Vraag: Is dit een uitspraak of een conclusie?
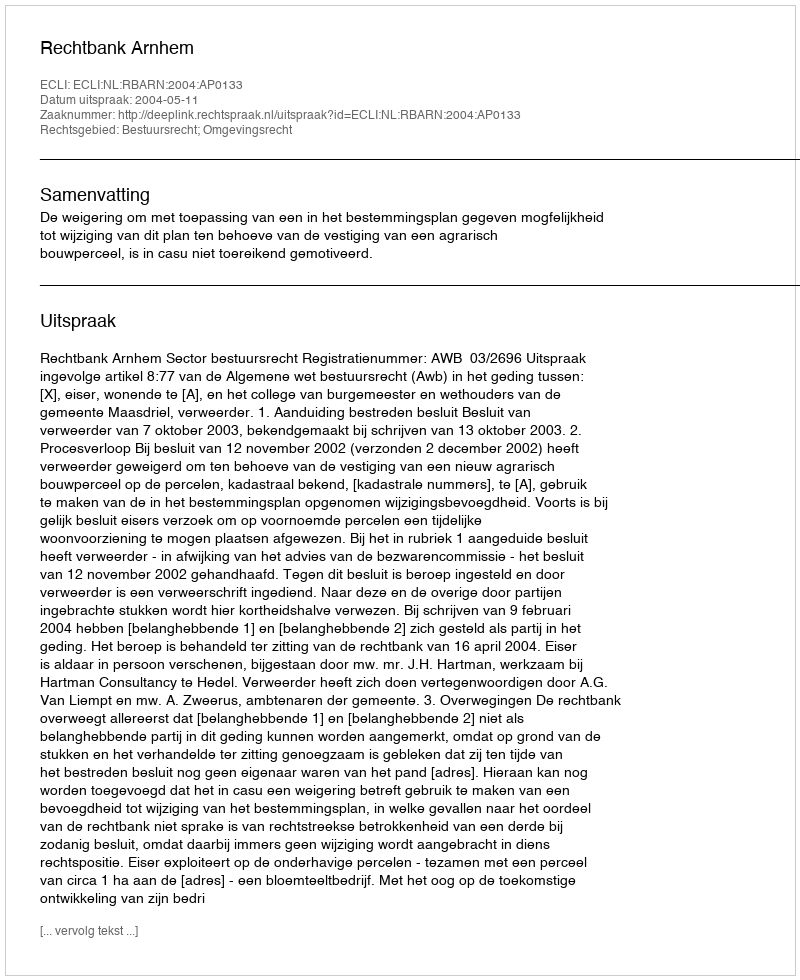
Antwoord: Uitspraak